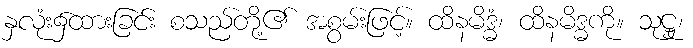
နှလုံး၌ထားခြင်း စသည်တို့၏ အစွမ်းဖြင့်။ ထိနမိဒ္ဓံ၊ ထိနမိဒ္ဓကို။ သုဋ္ဌု၊